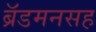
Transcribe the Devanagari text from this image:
ब्रॅडमनसह